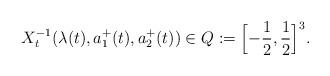
LaTeX: \begin{align*} X_t^{-1}(\lambda(t), a_1^+(t), a_2^+(t)) \in Q := \Big[{-}\frac 12, \frac 12\Big]^3.\end{align*}